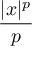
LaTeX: \frac { | x | ^ { p } } { p }